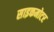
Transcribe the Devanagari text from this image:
साइकमोटर